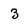
Character: 3